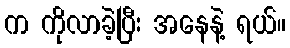
က ကိုလာခဲ့ပြီး အနေနဲ့ ရယ်။